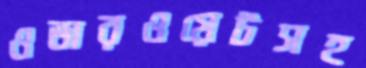
ওভারওয়েটসহ